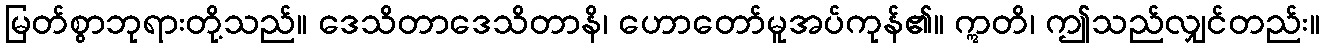
မြတ်စွာဘုရားတို့သည်။ ဒေသိတာဒေသိတာနိ၊ ဟောတော်မူအပ်ကုန်၏။ ဣတိ၊ ဤသည်လျှင်တည်း။